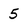
Character: 5